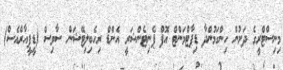
މިނިސްޓްރީގެ ދަށުން ހިންގަމުންދާ ޑިޕާޓްމަންޓް އޮފް ޕެނިޓެންޝަރީ އެންޑް ރިހެބިލިޓޭޝަން ސާވިސް (ޑީޕީއާރްއެސް)